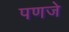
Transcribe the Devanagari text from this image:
पणजे